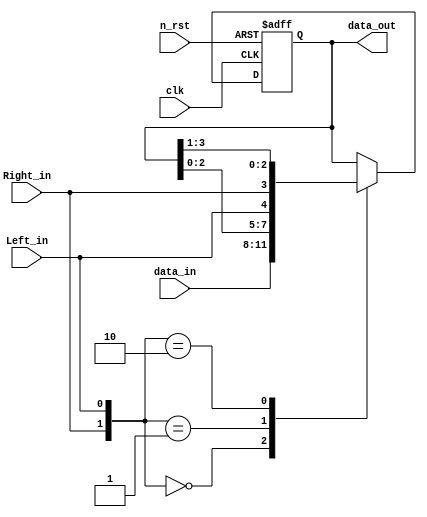
module task_7(clk, 
              n_rst, 
              Left_in, 
              Right_in, 
              data_in, 
              data_out);

parameter DATA_WIDTH = 4;
              
input clk, n_rst, Right_in, Left_in;
input   [DATA_WIDTH-1:0]  data_in;
output  [DATA_WIDTH-1:0]  data_out; 
reg     [DATA_WIDTH-1:0]  data_out;

always @(posedge clk or negedge n_rst) begin
  if(!n_rst) begin
    data_out <= 0;
  end
  else begin
    case({Right_in, Left_in})
      2'b00: 
        data_out <= data_in;
      2'b01:
        data_out <= {data_out[DATA_WIDTH-2:0], Left_in};
      2'b10:
        data_out <= {Right_in, data_out[DATA_WIDTH-1:1]};       
    endcase
  end
  
  
end
              
endmodule